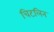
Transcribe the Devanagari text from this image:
चिटलिन